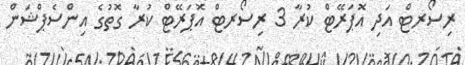
ރިސޯރޓް އަދި އޮޕަރޭޓް ކުރާ 3 ރިސޯރޓް އޮޕަރޭޓް ކުރާ ގޮތުގެ އިންސެޕްޝަން